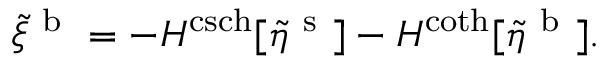
\tilde { \xi } ^ { \mathrm { ~ b ~ } } = - H ^ { \operatorname { c s c h } } [ \tilde { \eta } ^ { \mathrm { ~ s ~ } } ] - H ^ { \coth } [ \tilde { \eta } ^ { \mathrm { ~ b ~ } } ] .